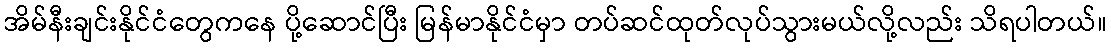
အိမ်နီးချင်းနိုင်ငံတွေကနေ ပို့ဆောင်ပြီး မြန်မာနိုင်ငံမှာ တပ်ဆင်ထုတ်လုပ်သွားမယ်လို့လည်း သိရပါတယ်။